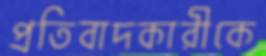
প্রতিবাদকারীকে